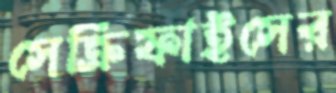
সেক্রিফাইসের